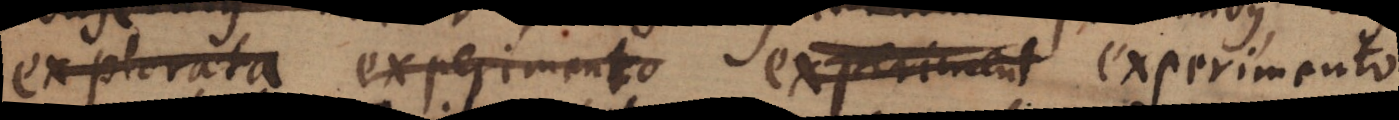
explorata experimento experiment experimento